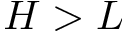
H > L